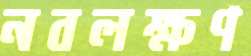
নবলক্ষণ